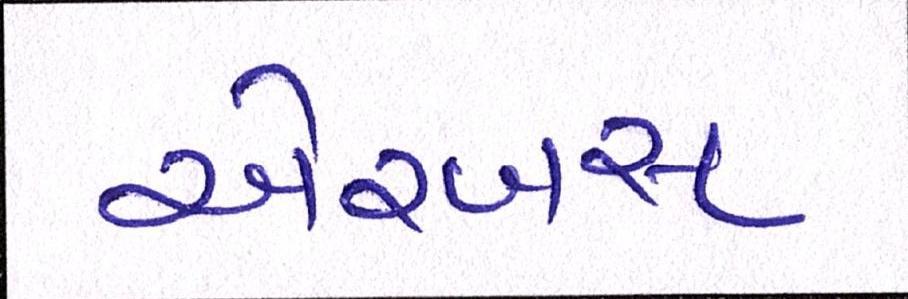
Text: એરબસ